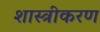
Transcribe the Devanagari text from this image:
शास्त्रीकरण